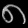
Digit: ၈